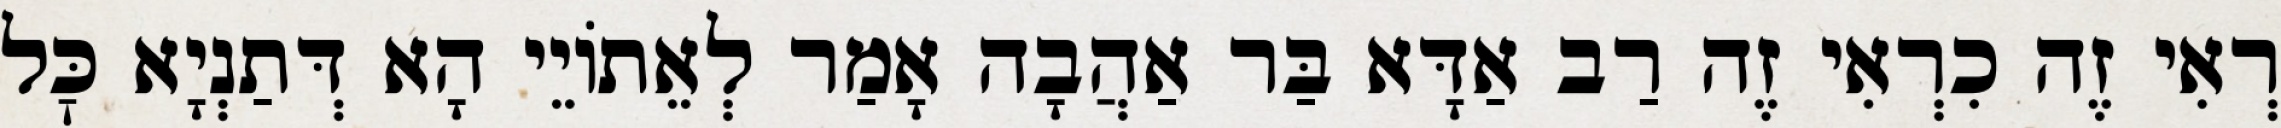
רְאִי זֶה כִרְאִי זֶה רַב אַדָּא בַּר אַהֲבָה אָמַר לְאֵתוֹיֵי הָא דְּתַנְיָא כׇּל